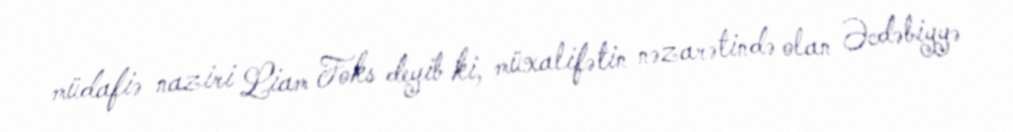
müdafiə naziri Liam Foks deyib ki, müxalifətin nəzarətində olan Əcdəbiyyə